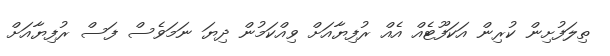
ތިލަފުށިން ކުރިން އަކަފޫޓެއް އެއް ރުފިޔާއަށް ވިއްކަމުން ދިޔަ ނަމަވެސް ފަސް ރުފިޔާއަށް